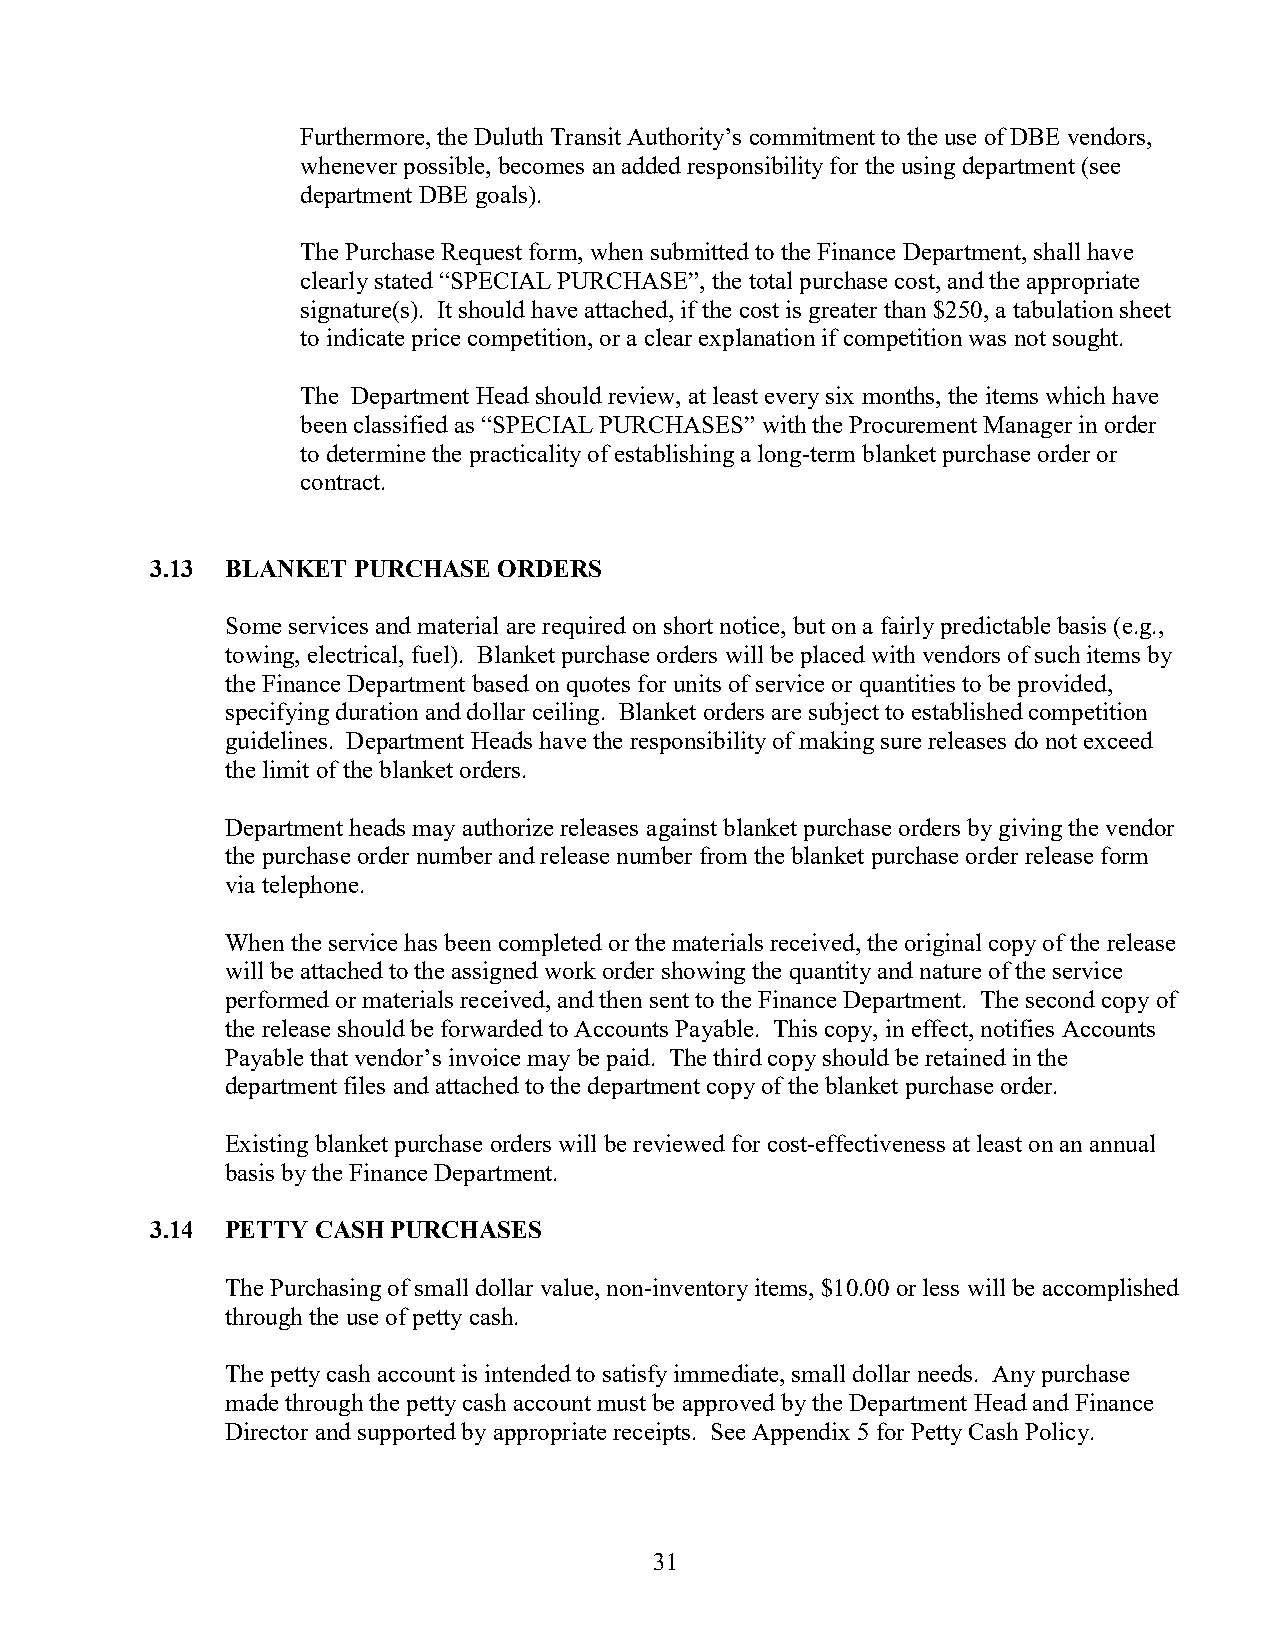
Furthermore, the Duluth Transit Authority’s commitment to the use of DBE vendors,
 whenever possible, becomes an added responsibility for the using department (see
 department DBE goals).
 The Purchase Request form, when submitted to the Finance Department, shall have
 clearly stated “SPECIAL PURCHASE”, the total purchase cost, and the appropriate
 signature(s). It should have attached, if the cost is greater than $250, a tabulation sheet
 to indicate price competition, or a clear explanation if competition was not sought.
 The Department Head should review, at least every six months, the items which have
 been classified as “SPECIAL PURCHASES” with the Procurement Manager in order
 to determine the practicality of establishing a long-term blanket purchase order or
 contract.
 3.13 BLANKET PURCHASE  ORDERS
 Some services and material are required on short notice, but on a fairly predictable basis (e.g.,
 towing, electrical, fuel). Blanket purchase orders will be placed with vendors of such items by
 the Finance Department based on quotes for units of service or quantities to be provided,
 specifying duration and dollar ceiling. Blanket orders are subject to established competition
 guidelines. Department Heads have the responsibility of making sure releases do not exceed
 the limit of the blanket orders.
 Department heads may authorize releases against blanket purchase orders by giving the vendor
 the purchase order number and release number from the blanket purchase order release form
 via telephone.
 When the service has been completed or the materials received, the original copy of the release
 will be attached to the assigned work order showing the quantity and nature of the service
 performed or materials received, and then sent to the Finance Department. The second copy of
 the release should be forwarded to Accounts Payable. This copy, in effect, notifies Accounts
 Payable that vendor’s invoice may be paid. The third copy should be retained in the
 department files and attached to the department copy of the blanket purchase order.
 Existing blanket purchase orders will be reviewed for cost-effectiveness at least on an annual
 basis by the Finance Department.
 3.14 PETTY CASH PURCHASES
 The Purchasing of small dollar value, non-inventory items, $10.00 or less will be accomplished
 through the use of petty cash.
 The petty cash account is intended to satisfy immediate, small dollar needs. Any purchase
 made through the petty cash account must be approved by the Department Head and Finance
 Director and supported by appropriate receipts. See Appendix 5 for Petty Cash Policy.
 31